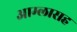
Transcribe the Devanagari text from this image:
आम्लासह